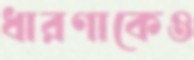
ধারণাকেও